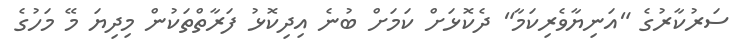
ސަރުކާރުގެ "އަނިޔާވެރިކަމާ" ދެކޮޅަށް ކަމަށް ބުނެ އިދިކޮޅު ފަރާތްތަކުން މިދިޔަ މޭ މަހުގެ